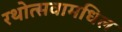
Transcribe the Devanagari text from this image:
रथोत्सवामधिल